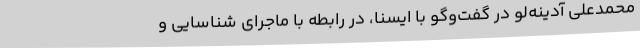
محمدعلی آدینه‌لو در گفت‌وگو با ایسنا، در رابطه با ماجرای شناسایی و